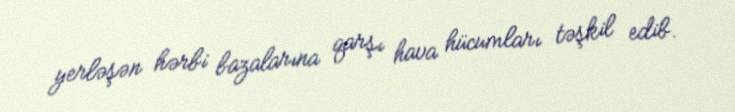
yerləşən hərbi bazalarına qarşı hava hücumları təşkil edib.